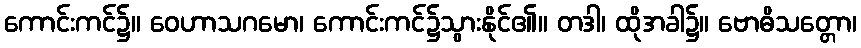
ကောင်းကင်၌။ ဝေဟာသဂမော၊ ကောင်းကင်၌သွားနိုင်၏။ တဒါ၊ ထိုအခါ၌။ ဗောဓိသတ္တော၊